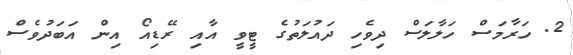
2. ހަރާމަސް ހަލާލަސް ދިވެހި ދައުލަތުގެ ޓީވީ އާއި ރޭޑިއޯ އިން އަބަދުވެސް